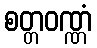
စတ္တဝဏ္ဏံ